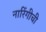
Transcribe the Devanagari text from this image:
नारिंगीची